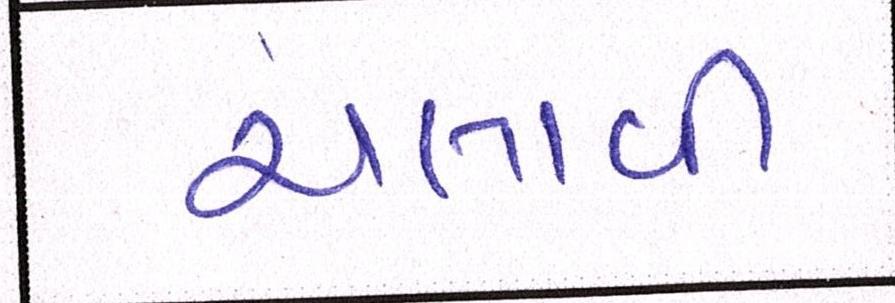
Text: ચલાવી